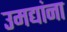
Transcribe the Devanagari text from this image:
उमद्यांना